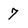
Character: 7